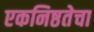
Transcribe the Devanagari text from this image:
एकनिष्ठतेचा